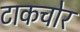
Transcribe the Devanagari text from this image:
टाकचोर